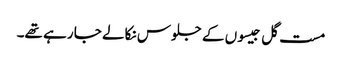
مست گل جیسوں کے جلوس نکالے جا رہے تھے۔